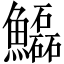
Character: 𩽊